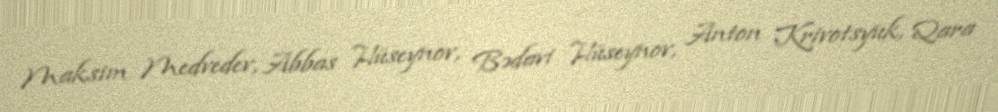
Maksim Medvedev, Abbas Hüseynov, Bədavi Hüseynov, Anton Krivotsyuk, Qara